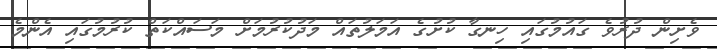
ވެށިން ދުރުވެ ގައުމުގައި ހިނގާ ކުށުގެ އަމަލުތައް މަދުކުރުމަށް މަސައްކަތް ކުރުމުގައި އެންމެ